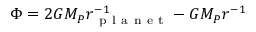
\Phi = 2 G M _ { P } r _ { \mathrm { ~ p ~ l ~ a ~ n ~ e ~ t ~ } } ^ { - 1 } - G M _ { P } r ^ { - 1 }